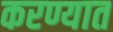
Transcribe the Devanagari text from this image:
करण्यात